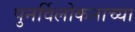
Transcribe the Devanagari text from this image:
पुनर्विलोकनाच्या